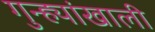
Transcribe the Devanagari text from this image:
गुन्ह्यांखाली